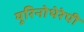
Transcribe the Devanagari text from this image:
यूरिनोथेरेपी